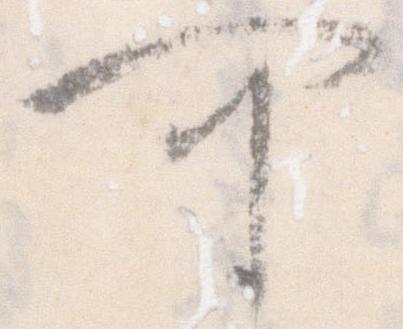
可